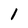
Character: 1